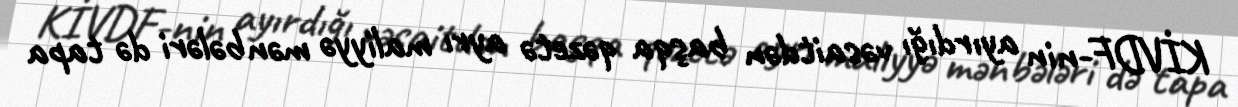
KİVDF-nin ayırdığı vəsaitdən başqa qəzetə ayrı maliyyə mənbələri də tapa